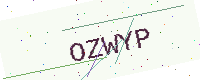
Text: OZWYP